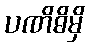
ပဏိဓိမှိ